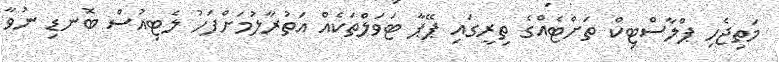
މަތިޖެހި ޕްލާސްޓިކް ތަށްޓެއްގެ ތިރީގައި ޕޭޕާ ޓަވަލްތަކެއް އަތުރާލުމަށްފަހު ލެޓިއުސް ބޮނޑި ނުވާ